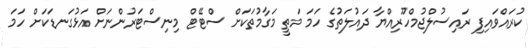
ކުރައްވައިފި ރައިސުލްޖުމްހޫރިއްޔާ ދައުލަތުގެ ހަމަ މަތީ މަގާމުތަކަށް ސްޓޭޓް މިނިސްޓަރުންނަށް އަޅުގަނޑަކަށް ހަމަ